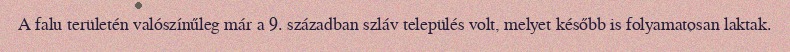
A falu területén valószínűleg már a 9. században szláv település volt, melyet később is folyamatosan laktak.